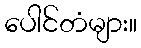
ပေါင်တံများ။